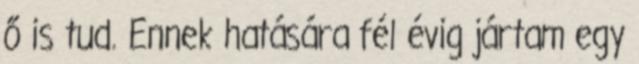
ő is tud. Ennek hatására fél évig jártam egy